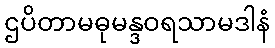
ဌပိတာမဓုမန္ဒဝရသာမဒါနံ